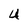
Character: U